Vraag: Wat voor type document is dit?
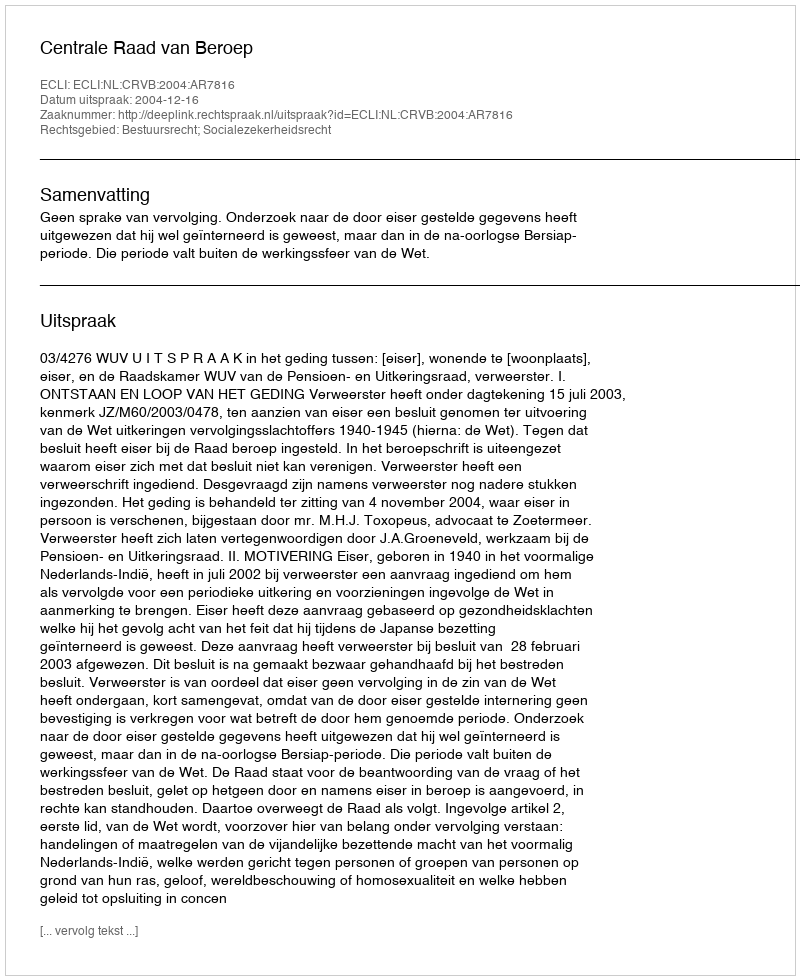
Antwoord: Uitspraak